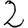
Digit: 2